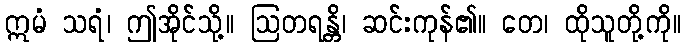
ဣမံ သရံ၊ ဤအိုင်သို့။ ဩတရန္တိ၊ ဆင်းကုန်၏။ တေ၊ ထိုသူတို့ကို။